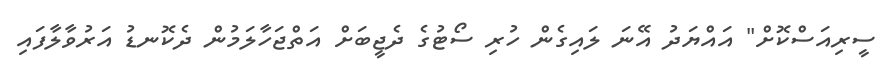
ސީރިއަސްކޮށް" އައްޔަދު އޭނަ ލައިގެން ހުރި ސޯޓުގެ ދެޖީބަށް އަތްޖަހާލަމުން ދެކޮނޑު އަރުވާލާފައި